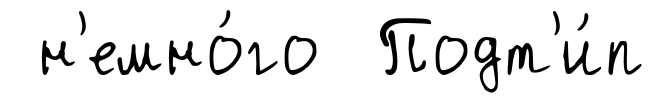
н'емно́го Подт'и́п